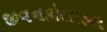
જીવનકોલાહલ